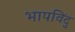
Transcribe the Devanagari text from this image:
भापविंदु